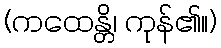
(ကထေန္တိ၊ ကုန်၏။)